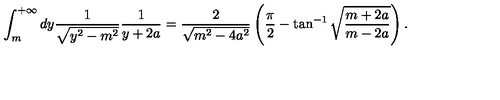
\int _ { m } ^ { + \infty } d y \frac { 1 } { \sqrt { y ^ { 2 } - m ^ { 2 } } } \frac { 1 } { y + 2 a } = \frac { 2 } { \sqrt { m ^ { 2 } - 4 a ^ { 2 } } } \left( \frac { \pi } { 2 } - \tan ^ { - 1 } \sqrt { \frac { m + 2 a } { m - 2 a } } \right) .